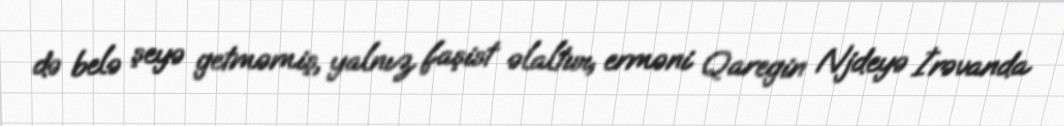
də belə şeyə getməmiş, yalnız faşist əlaltısı, erməni Qaregin Njdeyə İrəvanda